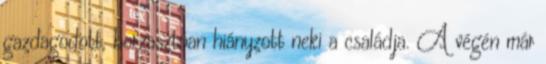
gazdagodott, borzasztóan hiányzott neki a családja. A végén már